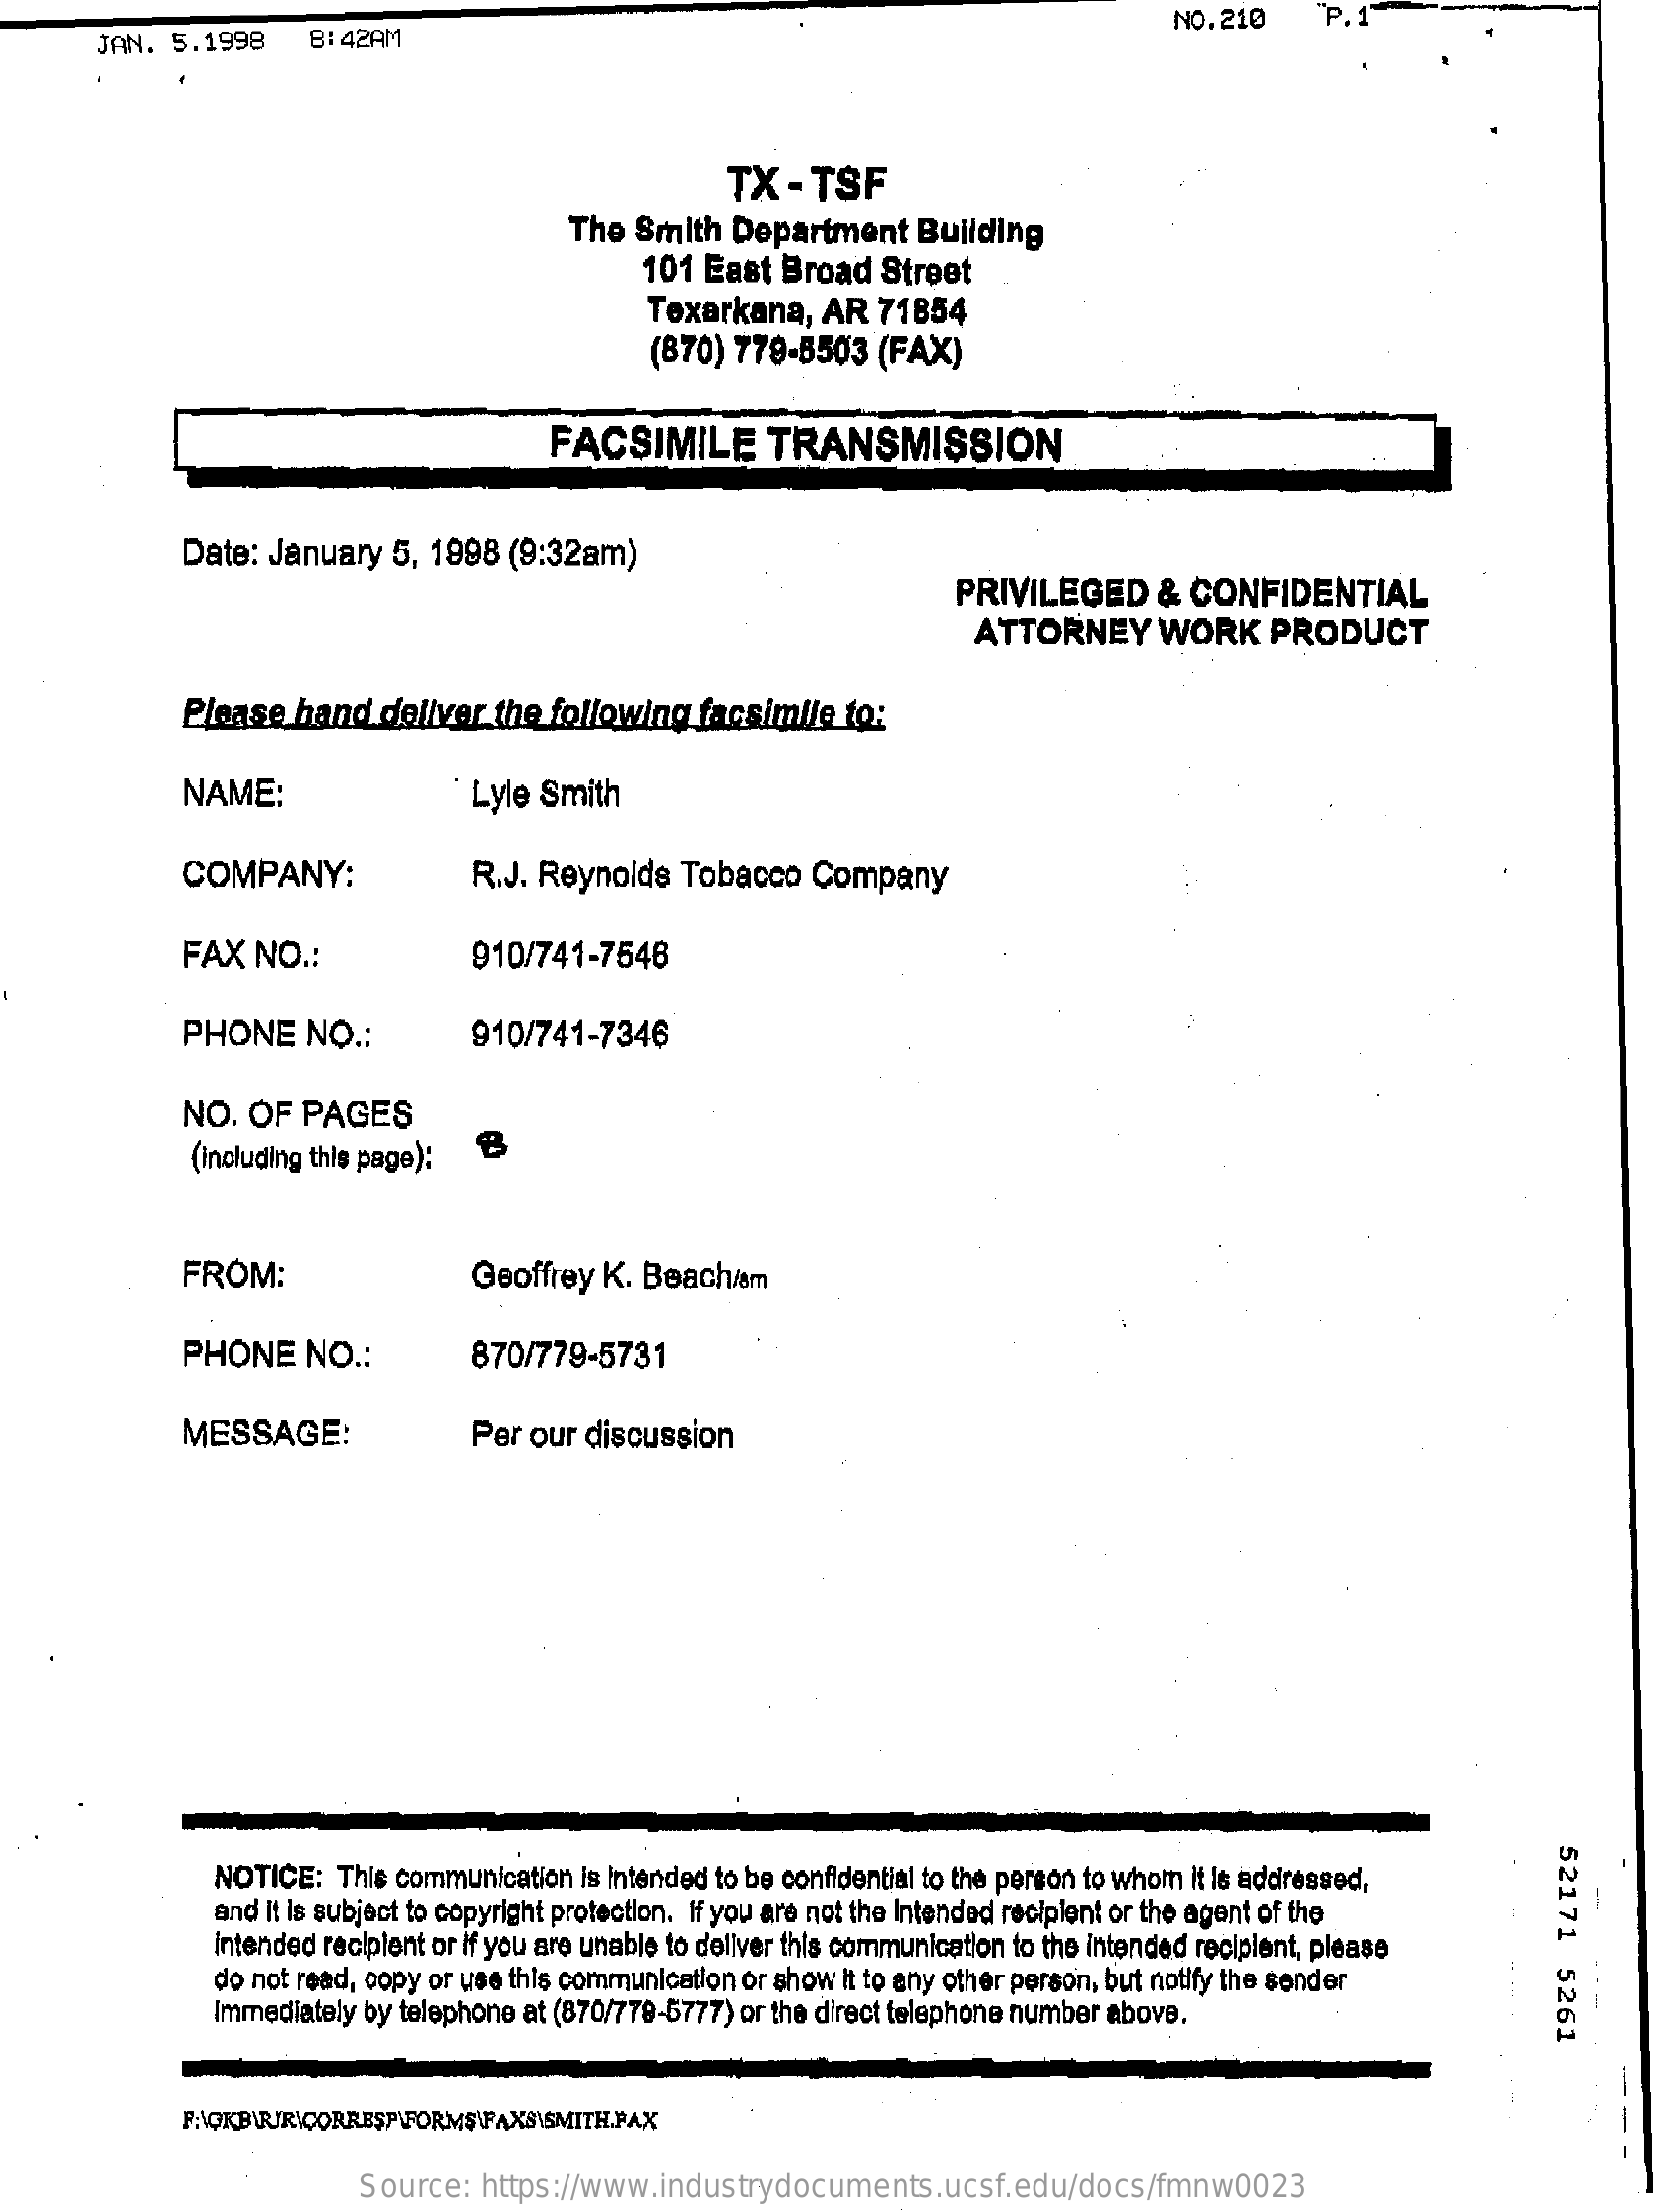
JAN. 5.1998    8:42AM
     NO. 210    P.1
     TX  - TSF
     The Smith  Department    Building
     101 East  Broad   Street
     Texarkana,   AR   71854
     (870) 779-5503  (FAX)
     FACSIMILE    TRANSMISSION
     Date: January  5, 1998  (9:32am)
     PRIVILEGED    &  CONFIDENTIAL
     ATTORNEY    WORK    PRODUCT
     Please  hand  deliver  the following  facsimile  to:
     NAME:    Lyle Smith
     COMPANY:    R.J. Reynolds  Tobacco  Company
     FAX  NO  .:    910/741-7546
     PHONE    NO  .:    910/741-7346
     NO. OF  PAGES
     (including this page):
     FROM:    Geoffrey K. Beach/am
     PHONE    NO  .:    870/779-5731
     MESSAGE:    Per our  discussion
     52171
     5261
     NOTICE:  This communication is Intended to be confidential to the person to whom it is addressed,
     and It is subject to copyright protection. If you are not the Intended recipient or the agent of the
     intended recipient or if you are unable to deliver this communication to the intended recipient, please
     do not read, copy or use this communication or show It to any other person, but notify the sender
     Immediately by telephone at (870/779-5777) or the direct telephone number above.
     Source:   https://www.industrydocuments.ucsf.edu/docs/fmnw0023